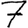
Digit: 7